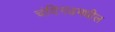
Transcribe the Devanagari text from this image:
चंदिगढमधील